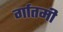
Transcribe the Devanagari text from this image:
र्गातमी